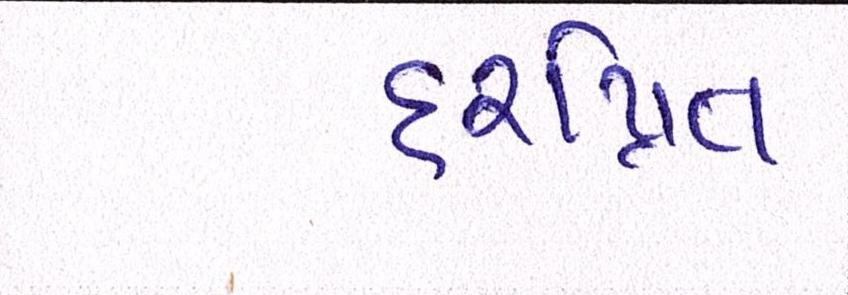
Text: હરપ્રિત